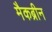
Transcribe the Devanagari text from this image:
मैकब्रीन